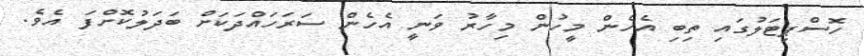
ހޮސްޕިޓަލުގައި ތިބި އެހެން މީހުން މިހާރު ވަނީ އެހެން ސަރަހައްދަކަށް ބަދަލުކޮށްފަ އެވެ.